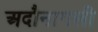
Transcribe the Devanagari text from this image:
अदौनागली